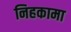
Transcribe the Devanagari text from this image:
निहकामा